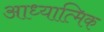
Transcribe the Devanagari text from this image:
आध्‍यात्मिक